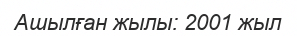
Ашылған жылы: 2001 жыл